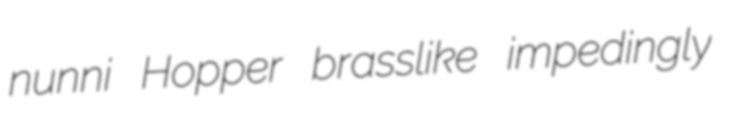
nunni Hopper brasslike impedingly